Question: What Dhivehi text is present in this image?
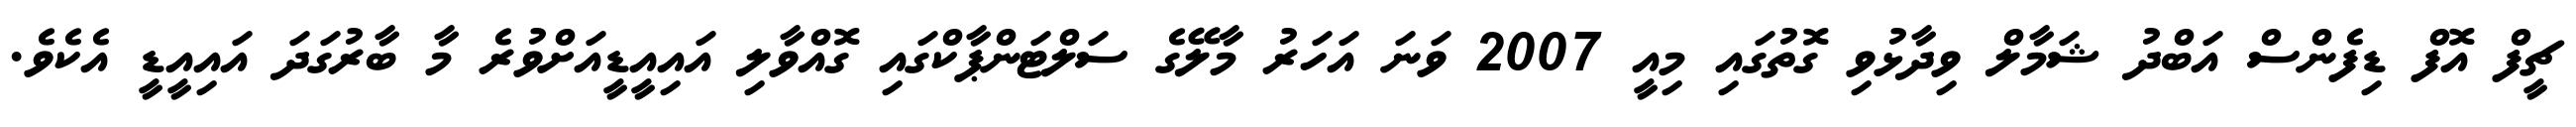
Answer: ޗީފް އޮފް ޑިފެންސް އަބްދު ޝަމާލް ވިދާޅުވި ގޮތުގައި މިއީ 2007 ވަނަ އަހަރު މާލޭގެ ސަލްޓަންޕާކްގައި ގޮއްވާލި އައިއީޑީއަށްވުރެ މާ ބާރުގަދަ އައިއީޑީ އެކެވެ.